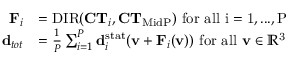
\begin{array} { r l } { \mathbf { F } _ { i } } & { = \mathrm { D I R } ( \mathbf { C T } _ { i } , \mathbf { C T } _ { \mathrm { M i d P } } ) \mathrm { ~ f o r ~ a l l ~ i = 1 , . . . , P ~ } } \\ { \mathbf { d } _ { t o t } } & { = \frac { 1 } { P } \sum _ { i = 1 } ^ { P } \mathbf { d } _ { i } ^ { \mathrm { s t a t } } ( \mathbf { v } + \mathbf { F } _ { i } ( \mathbf { v } ) ) \mathrm { ~ f o r ~ a l l ~ \mathbf { v } \in \mathbb { R } ^ 3 ~ } } \end{array}